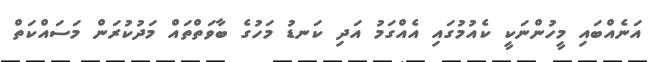
އަނެއްބައި މީހުންނަކީ ކެއުމުގައި އެއްގަމު އަދި ކަނޑު މަހުގެ ބާވަތްތައް މަދުކުރަން މަސައްކަތް